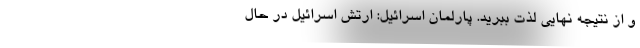
و از نتیجه نهایی لذت ببرید. پارلمان اسرائیل: ارتش اسرائیل در حال